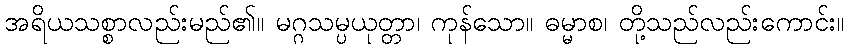
အရိယသစ္စာလည်းမည်၏။ မဂ္ဂသမ္ပယုတ္တာ၊ ကုန်သော။ ဓမ္မာစ၊ တို့သည်လည်းကောင်း။